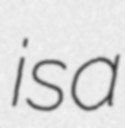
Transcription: is a